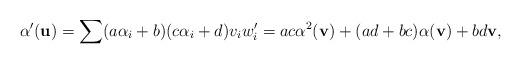
LaTeX: \begin{align*}\alpha'(\mathbf u)=\sum(a\alpha_i+b)(c\alpha_i+d) v_i w_i'=ac\alpha^2(\mathbf v)+(ad+bc)\alpha(\mathbf v)+bd\mathbf v,\end{align*}